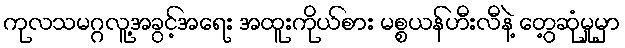
ကုလသမဂ္ဂလူ့အခွင့်အရေး အထူးကိုယ်စား မစ္စယန်ဟီးလီနဲ့ တွေ့ဆုံမှုမှာ